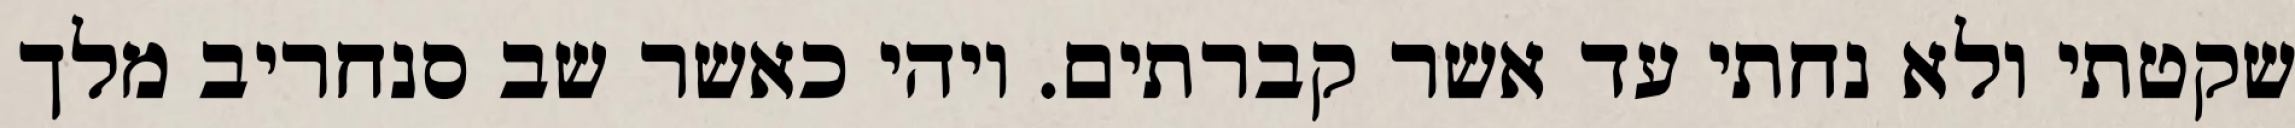
שקטתי ולא נחתי עד אשר קברתים. ויהי כאשר שב סנחריב מלך